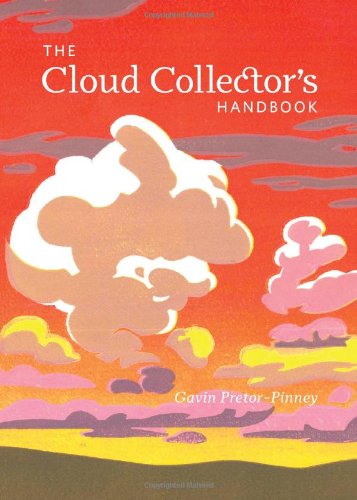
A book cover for The Cloud Collector's Handbook; Gavin Pretor-Pinney; Science & Math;